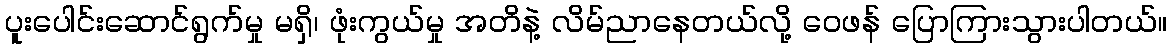
ပူးပေါင်းဆောင်ရွက်မှု မရှိ၊ ဖုံးကွယ်မှု အတိနဲ့ လိမ်ညာနေတယ်လို့ ဝေဖန် ပြောကြားသွားပါတယ်။